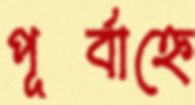
পূর্বাহ্নে